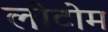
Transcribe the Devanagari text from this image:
लोटोम